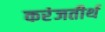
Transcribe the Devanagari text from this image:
करंजतीर्थ